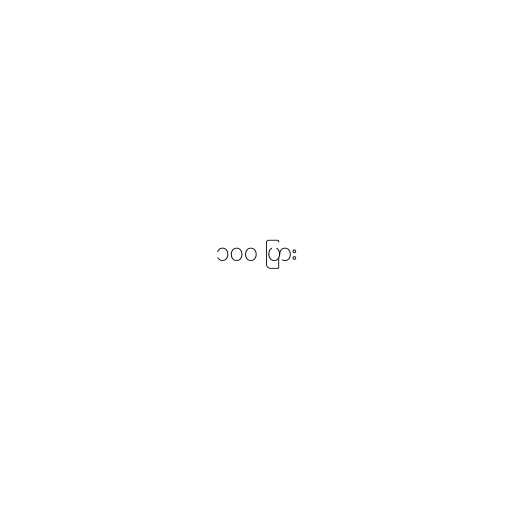
၁၀၀ ပြား